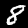
Digit: 8